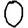
Digit: 0